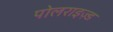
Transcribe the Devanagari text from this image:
पोलराइज़्ड